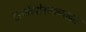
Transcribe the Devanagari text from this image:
दृश्यविशेषणाच्याद्वारे